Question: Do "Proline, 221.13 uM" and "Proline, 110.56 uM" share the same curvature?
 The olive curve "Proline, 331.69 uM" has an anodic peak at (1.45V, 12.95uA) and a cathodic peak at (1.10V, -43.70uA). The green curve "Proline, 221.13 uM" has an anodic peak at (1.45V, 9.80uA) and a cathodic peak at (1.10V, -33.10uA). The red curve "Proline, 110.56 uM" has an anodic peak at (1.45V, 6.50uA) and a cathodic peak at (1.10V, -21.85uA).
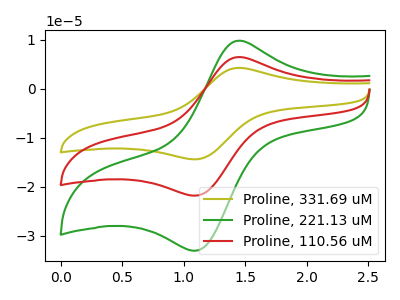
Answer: <think>All the peaks in "Proline, 221.13 uM" have a peak in "Proline, 110.56 uM" at the same potential. Every peak in "Proline, 221.13 uM" is higher than every peak in "Proline, 110.56 uM".
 </think>
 <answer>"Proline, 221.13 uM" and "Proline, 110.56 uM" are similar in shape.</answer>
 <eval>same_shape</eval>